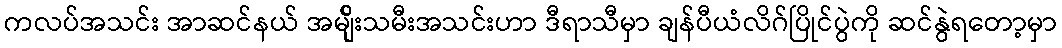
ကလပ်အသင်း အာဆင်နယ် အမျ်ိုးသမီးအသင်းဟာ ဒီရာသီမှာ ချန်ပီယံလိဂ်ပြိုင်ပွဲကို ဆင်နွဲရတော့မှာ